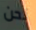
نحن